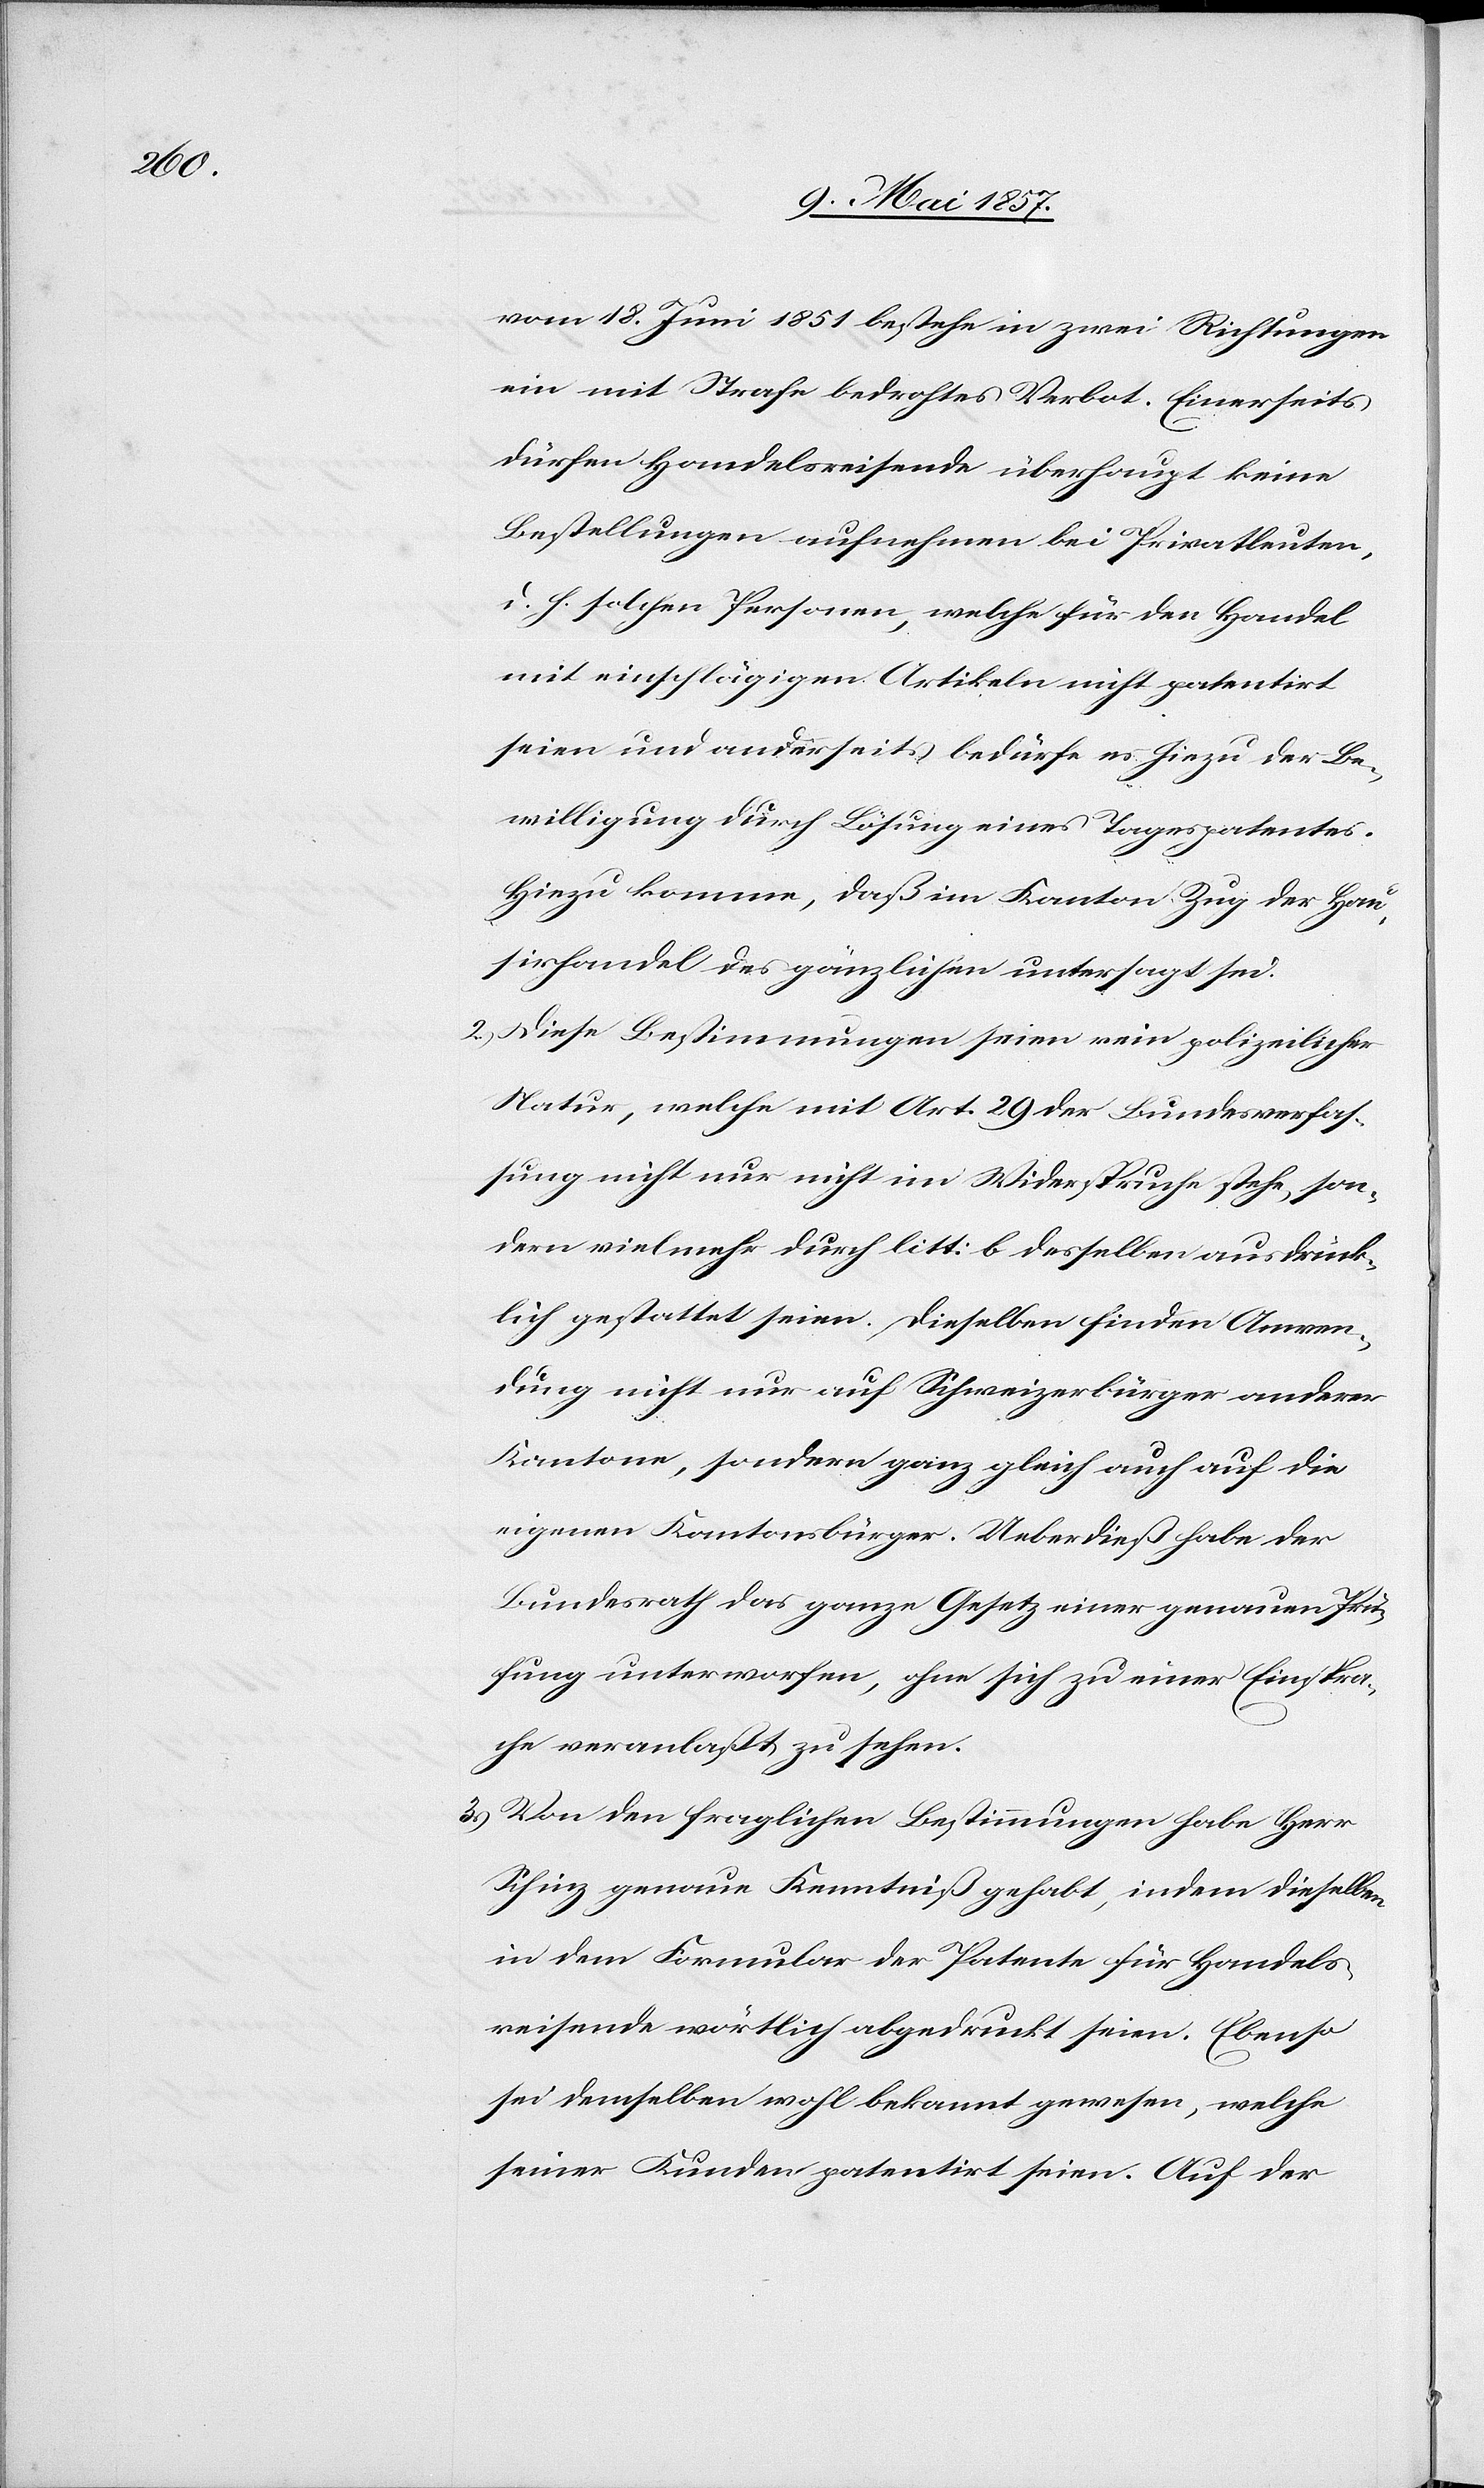
vom 18 Juni 1851 bestehe in zwei Richtungen
ein mit Strafe bedrohtes Verbot. Einerseits
dürfen Handelsreisende überhaupt keine
Bestellungen aufnehmen bei Privatleuten,
d. h. solchen Personen, welche für den Handel
mit einschlägigen Artikeln nicht patentirt
seien und anderseits bedürfe es hiezu der Be¬
willigung durch Lösung eines Tagespatentes.
Hiezu komme, daß im Kanton Zug der Hau¬
sirhandel des gänzlichen untersagt sei.
2.) Diese Bestimmungen seien rein polizeilicher
Natur, welche mit Art. 29 der Bundesverfas¬
sung nicht nur nicht im Widerspruche stehe[n], son¬
dern vielmehr durch litt: b desselben ausdrück¬
lich gestattet seien. Dieselben finden Anmel¬
dungnicht nur auf Schweizerbürger anderer
Kantone, sondern ganz gleich auch auf die
eigenen Kantonsbürger. Ueberdieß habe der
Bundesrath das ganze Gesetz einer genauen Prü¬
fung unterworfen, ohne sich zu einer Einspra¬
che veranlaßt zu sehen.
3.) Von den fraglichen Bestimmungen habe Herr
Schinz genau Kenntniß gehabt, indem dieselben
in dem Formular der Patente für Handels¬
reisende wörtlich abgedruckt seien. Ebenso
sei demselben wohl bekannt gewesen, welche
seiner Kunden patentirt seien. Auf der